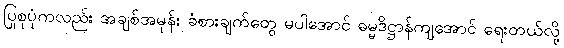
ပြုစုပုံကလည်း အချစ်အမုန်း ခံစားချက်တွေ မပါအောင် ဓမ္မဒိဋ္ဌာန်ကျအောင် ရေးတယ်လို့